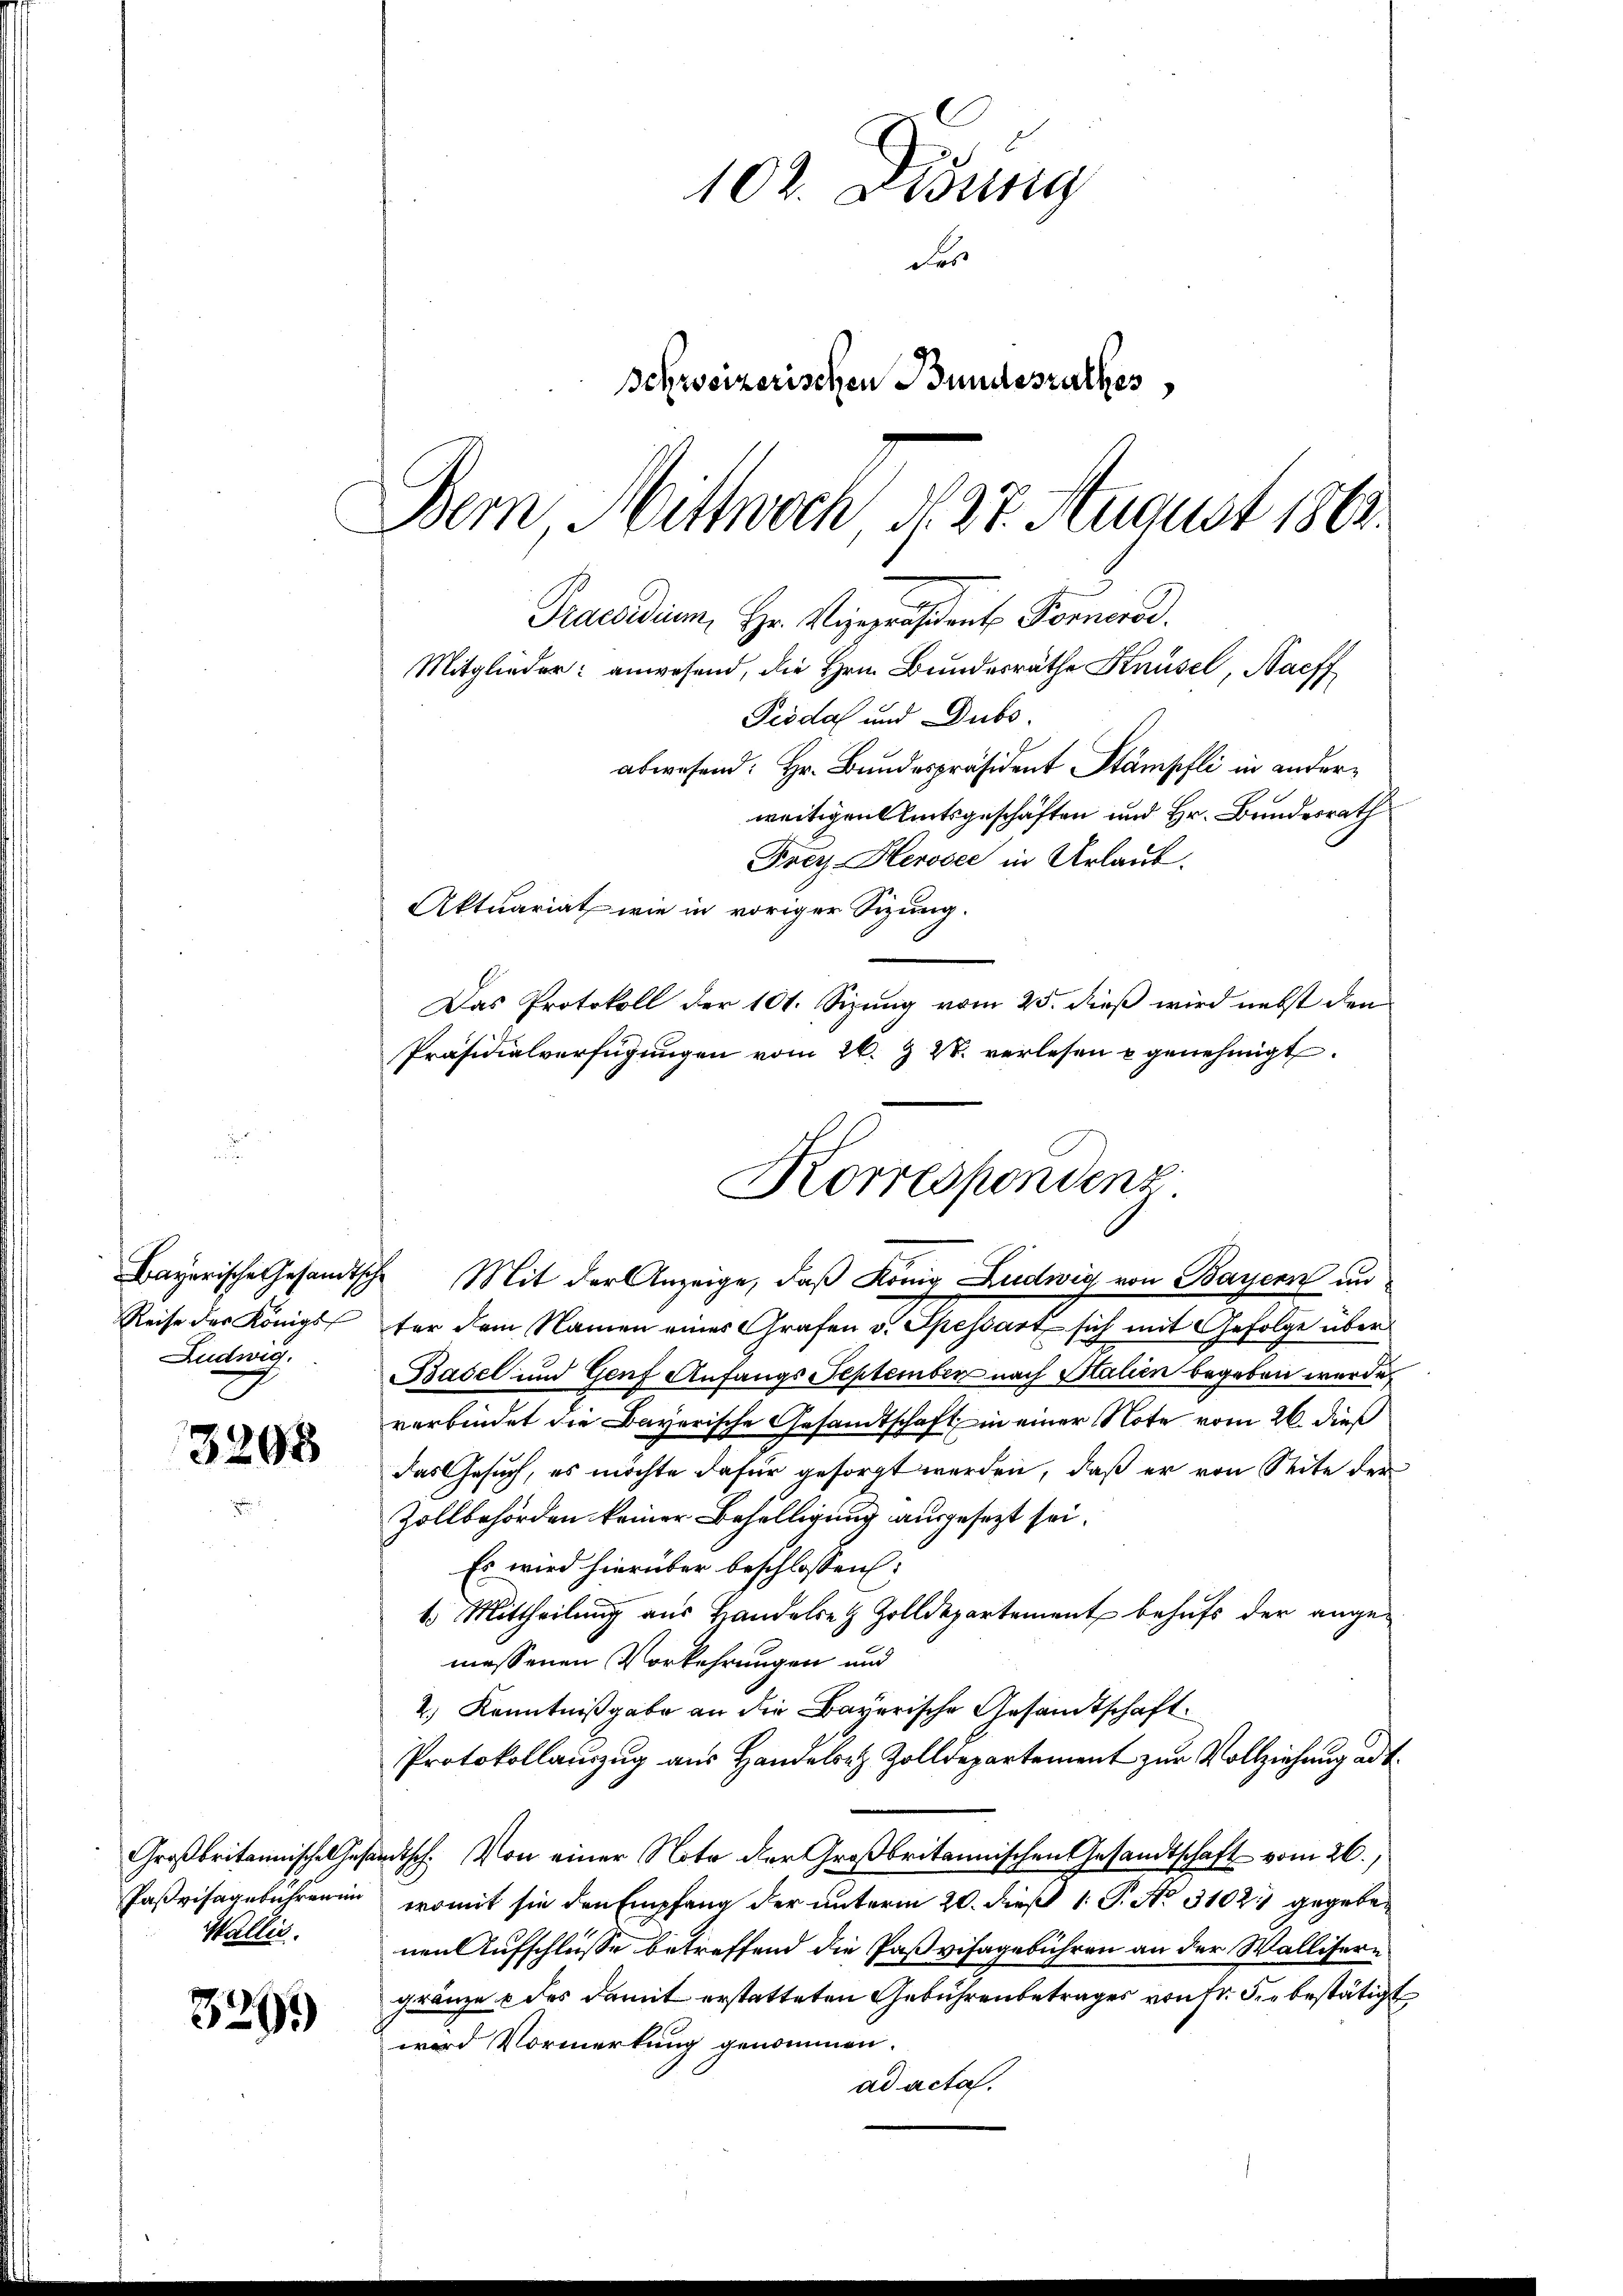
Bayerische Gesandtsch
Reise des Königl
Ludwig

3298

Großbritannischel hat
Paßvisagebühren in
Wallis.

3291)

102. Disung
des
Schrösizerischen Bundesrathes
Dem Mittwoch d. 27. August 1861
Praesidium, Hr. Vizepräsident Fornerde.
Mitglieder: anwesend, die Hrn. Bundesräthe Knüsel, Bacff
Peidal und Dubo.
abwesend: Hr. Bundespräsident Stämpfli in anderweitigen Amtsgeschäften und Hr. Bundesrath

Frer-Herosec in Urlaub.
Aktuariat wie in voriger Sizung.
Das Protokoll der 101. Sizung vom 25. dieß wird nebst den
Präsidialverfügungen vom 26. & 2. verlesen u genehmigt.
 Mit der Anzeige, daß König Ludwig von Bauern un
ter dem Namen einer Grafen v. Spressart sich mit Gefolge über
Basel und Genf Anfangs September nach Stalien begeben wurde,
verbindet die Bayerische Gesandtschaft in einer Note vom 26. dieß
das Gesuch, es möchte dafür gesorgt werden, daß er von Seite der
Zollbehörden keiner Behelligung ausgesezt sei.
Es wird hierüber beschlossen:
1. Mittheilung aus Handelsen Zolldepartement behufs der ange-
messenen Vorkehrungen und
2.) Kenntnißgabe an die Bayerische Gesandtschaft.
Protokollauszug aus Handeler Zolldepartement zur Vollziehung ad 1.
rutsch. Von einer Note der Großbritannischen Gesandtschaft vom 26.
womit sie den Empfang der unterm 20. dieß 1 P. No. 3102. gegeben
nen Aufschlüsse betreffend die Paßvihagebühren an der Wallisern
gränze & des damit erstatteten Gebührenbetrages von fr. die bestätigt
wird Vormerkung genommen.
ad acta.

Korrespondenz